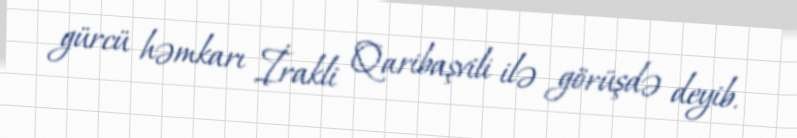
gürcü həmkarı İrakli Qaribaşvili ilə görüşdə deyib.